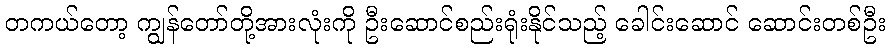
တကယ်တော့ ကျွန်တော်တို့အားလုံးကို ဦးဆောင်စည်းရုံးနိုင်သည့် ခေါင်းဆောင် ဆောင်းတစ်ဦး